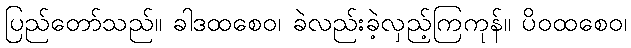
ပြည်တော်သည်။ ခါဒထစေဝ၊ ခဲလည်းခဲ့လှည့်ကြကုန်။ ပိဝထစေဝ၊